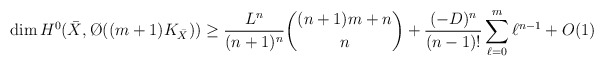
\begin{align*}\dim H^0(\bar X,\O((m+1)K_{\bar X}))&\geq\frac{L^n}{(n+1)^n}\binom{(n+1)m+n}{n}+\frac{(-D)^n}{(n-1)!}\sum_{\ell=0}^{m}\ell^{n-1} +O(1)\end{align*}